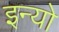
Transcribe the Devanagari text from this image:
इन्यो